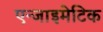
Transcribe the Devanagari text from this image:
एन्जाइमेटिक